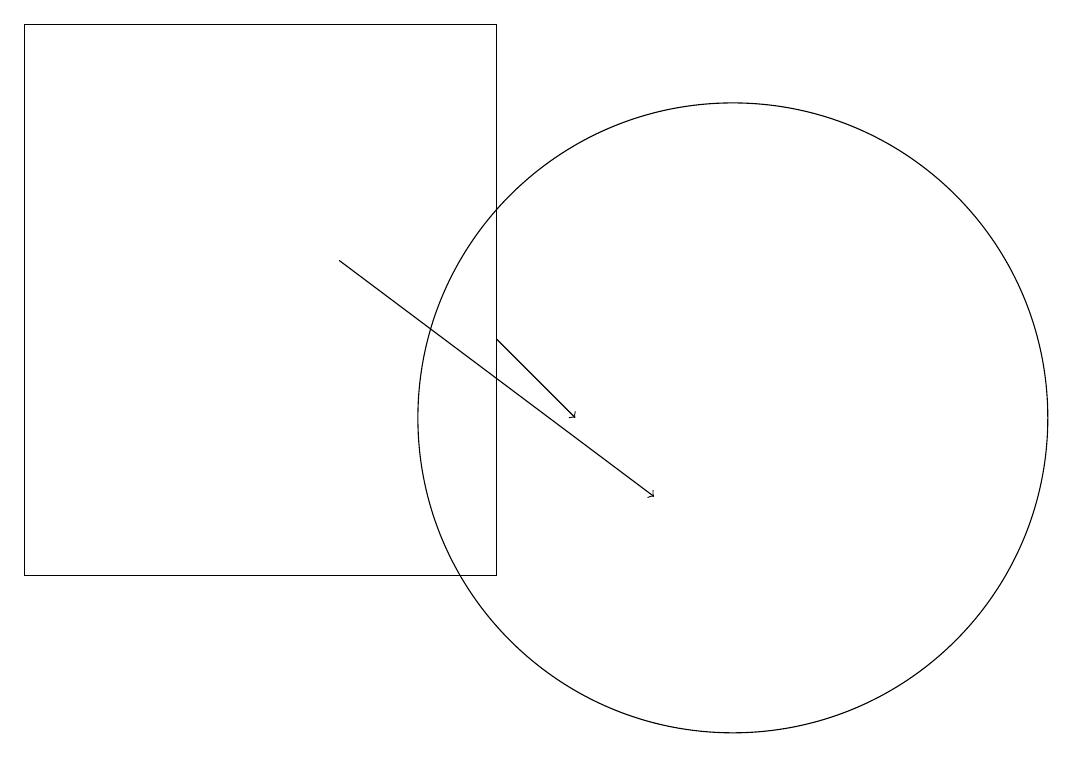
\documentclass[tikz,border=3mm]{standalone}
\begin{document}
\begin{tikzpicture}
\draw[->] (5,14) -- (9,11);
\draw[->] (7,13) -- (8,12);
\draw (7,10) rectangle (1,17);
\draw (10,12) circle (4);
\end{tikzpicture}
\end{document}